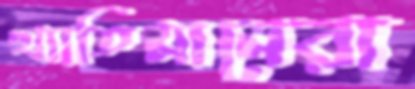
খ্যাতিমানেরা